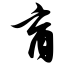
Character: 育